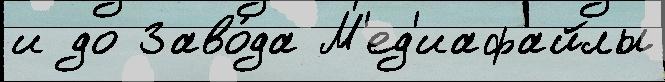
и до Заво́да М'ед'иафайлы